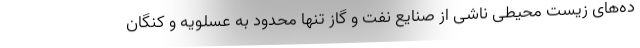
ده‌های زیست محیطی ناشی از صنایع نفت و گاز تنها محدود به عسلویه و کنگان